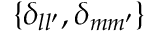
\{ \delta _ { l l ^ { \prime } } , \delta _ { m m ^ { \prime } } \}